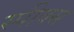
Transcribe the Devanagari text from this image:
स्पीक्स